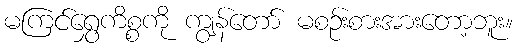
မကြင်ရွှေကိစ္စကို ကျွန်တော် မစဉ်းစားအားတော့ဘူး။